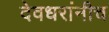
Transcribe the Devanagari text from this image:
देवधरांनीच